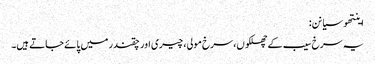
اینتھو سیانن:
یہ سرخ سیب کے چھلکوں، سرخ مولی، چیری اور چقندر میں پائے جاتے ہیں۔